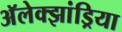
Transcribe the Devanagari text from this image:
अॅलेक्झांड्रिया